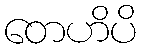
တေဟိပိ